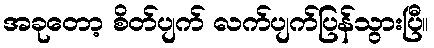
အခုတော့ စိတ်ပျက် လက်ပျက်ပြန်သွားပြီ။